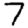
Digit: 7